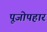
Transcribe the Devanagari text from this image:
पूजोपहार